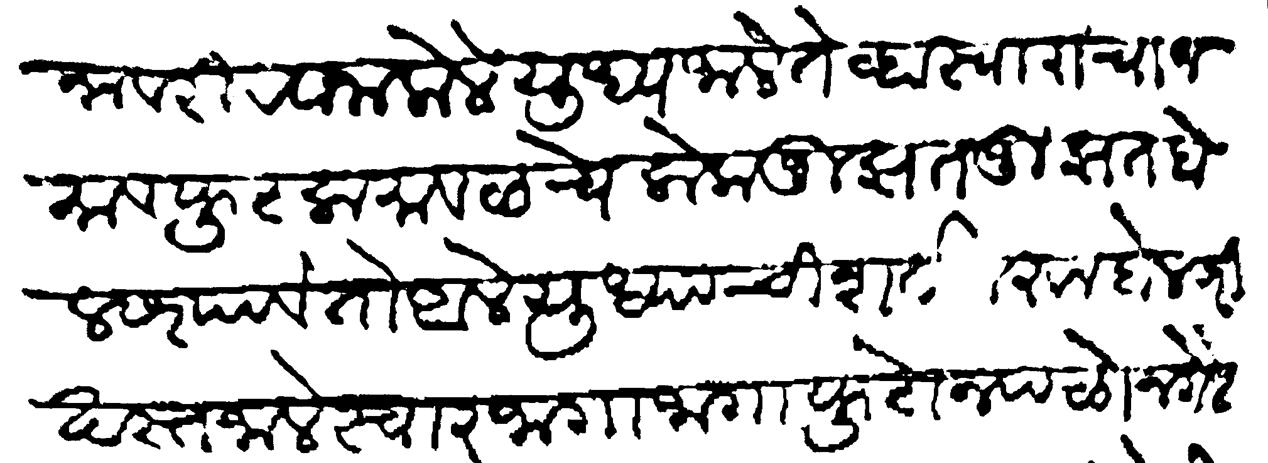
Transliteration (Devanagari): रवाना केले युध्य जाले तेव्हा स्वाराचा जमाव फुटला मावळचे लोक जुझत जुझत बेलसर पावेतो आले युध्याची शर्त करून बेलसरी खस्त जाले स्वार जागाजागा फुटोन पळोन गेले